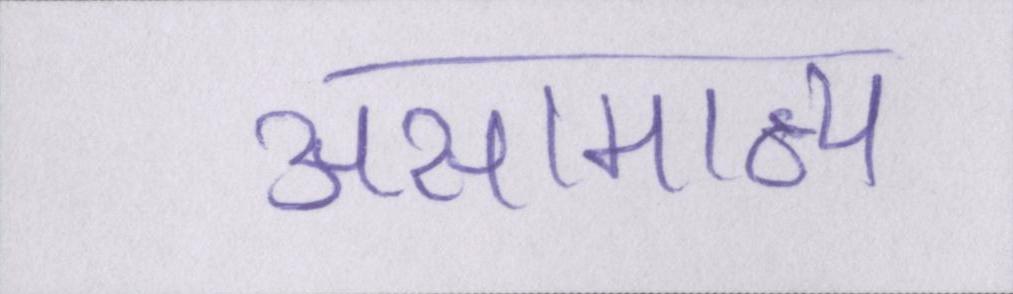
असामान्य